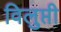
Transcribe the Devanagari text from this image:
विलुप्ती